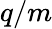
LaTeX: q/m